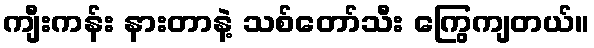
ကျီးကန်း နားတာနဲ့ သစ်တော်သီး ကြွေကျတယ်။